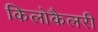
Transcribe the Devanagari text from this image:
किलोकैलरी